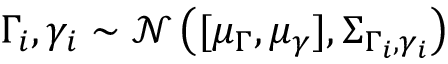
\Gamma _ { i } , \gamma _ { i } \sim \mathcal { N } \left( [ \mu _ { \Gamma } , \mu _ { \gamma } ] , \boldsymbol { \Sigma } _ { \Gamma _ { i } , \gamma _ { i } } \right)